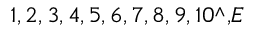
1 , 2 , 3 , 4 , 5 , 6 , 7 , 8 , 9 , 1 0 \string ^ { , } E